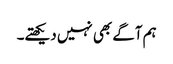
ہم آگے بھی نہیں دیکھتے۔